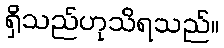
ရှိသည်ဟုသိရသည်။